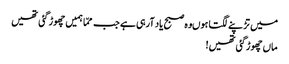
میں تڑپنے لگتا ہوںوہ صبح یاد آرہی ہے جب ممّا ہمیں چھوڑ گئی تھیں
ماں چھوڑگئی تھیں!